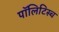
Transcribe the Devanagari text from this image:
पॉलिटिस्च